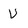
Character: V